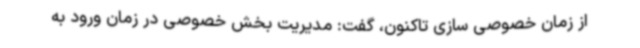
از زمان خصوصی سازی تاکنون، گفت: مدیریت بخش خصوصی در زمان ورود به